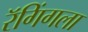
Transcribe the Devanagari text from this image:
रॅगिंगला